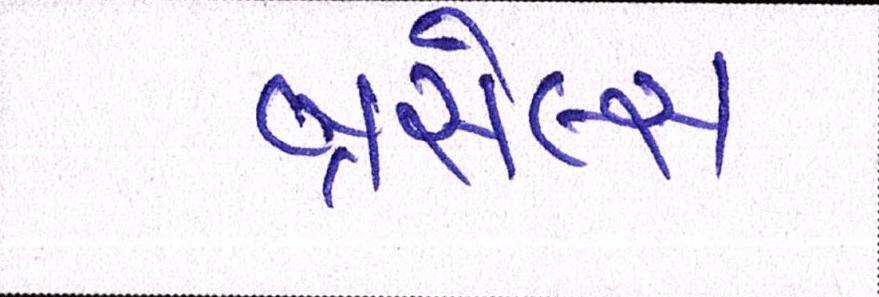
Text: બ્રસેલ્સ